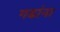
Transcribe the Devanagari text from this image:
गडांना